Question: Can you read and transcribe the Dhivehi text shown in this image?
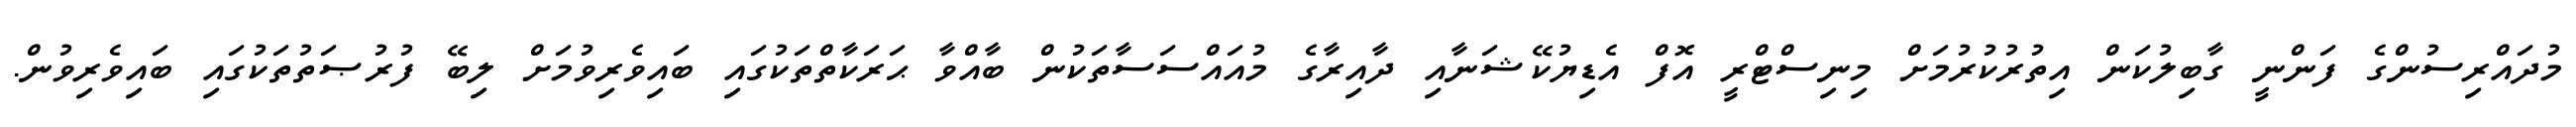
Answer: މުދައްރިސުންގެ ފަންނީ ގާބިލުކަން އިތުރުކުރުމަށް މިނިސްޓްރީ އޮފް އެޑިޔުކޭޝަނާއި ދާއިރާގެ މުއައްސަސާތަކުން ބާއްވާ ޙަރަކާތްތަކުގައި ބައިވެރިވުމަށް ލިބޭ ފުރުޞަތުތަކުގައި ބައިވެރިވުން.